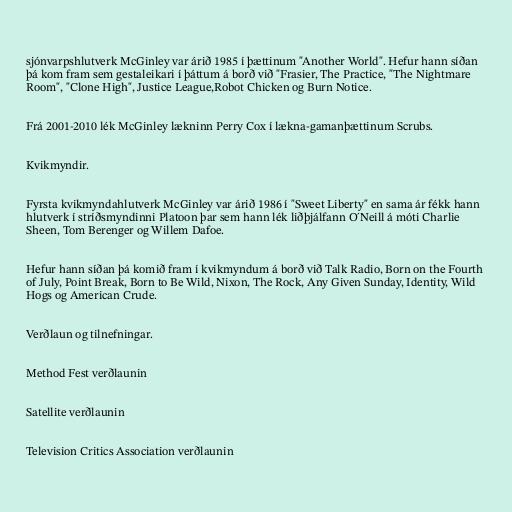
sjónvarpshlutverk McGinley var árið 1985 í þættinum "Another World". Hefur hann síðan
þá kom fram sem gestaleikari í þáttum á borð við "Frasier, The Practice, "The Nightmare
Room", "Clone High", Justice League,Robot Chicken og Burn Notice.

Frá 2001-2010 lék McGinley lækninn Perry Cox í lækna-gamanþættinum Scrubs.

Kvikmyndir.

Fyrsta kvikmyndahlutverk McGinley var árið 1986 í "Sweet Liberty" en sama ár fékk hann
hlutverk í stríðsmyndinni Platoon þar sem hann lék liðþjálfann O´Neill á móti Charlie
Sheen, Tom Berenger og Willem Dafoe.

Hefur hann síðan þá komið fram í kvikmyndum á borð við Talk Radio, Born on the Fourth
of July, Point Break, Born to Be Wild, Nixon, The Rock, Any Given Sunday, Identity, Wild
Hogs og American Crude.

Verðlaun og tilnefningar.

Method Fest verðlaunin

Satellite verðlaunin

Television Critics Association verðlaunin